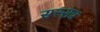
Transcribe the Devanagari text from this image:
सस्सत्र